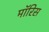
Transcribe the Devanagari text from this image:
माॅरिस